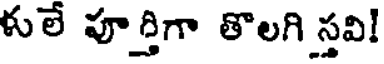
ళులే పూర్తిగా తొలగి స్తవి!